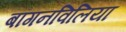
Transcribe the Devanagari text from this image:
बॉगनविलिया